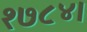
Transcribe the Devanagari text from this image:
१७८४।